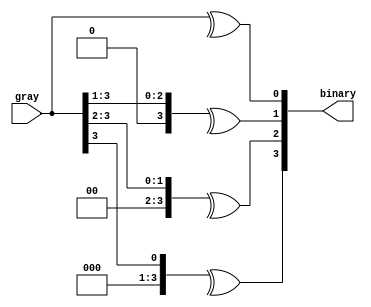
module g2b #(parameter WIDTH=4) (input [WIDTH-1:0] gray, output [WIDTH-1:0] binary);
  /*
  assign binary[0] = gray[3] ^ gray[2] ^ gray[1] ^ gray[0];
  assign binary[1] = gray[3] ^ gray[2] ^ gray[1];
  assign binary[2] = gray[3] ^ gray[2];
  assign binary[3] = gray[3];
  */
  // OR
  genvar i;
  generate
    for(i=0;i<WIDTH;i++) begin
      assign binary[i] = ^(gray >> i);
    end
  endgenerate
endmodule